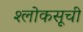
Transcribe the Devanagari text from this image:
श्लोकसूची